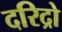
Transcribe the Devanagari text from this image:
दरिद्रो